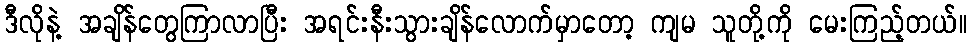
ဒီလိုနဲ့ အချိန်တွေကြာလာပြီး အရင်းနီးသွားချိန်လောက်မှာတော့ ကျမ သူတို့ကို မေးကြည့်တယ်။